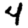
Digit: 4